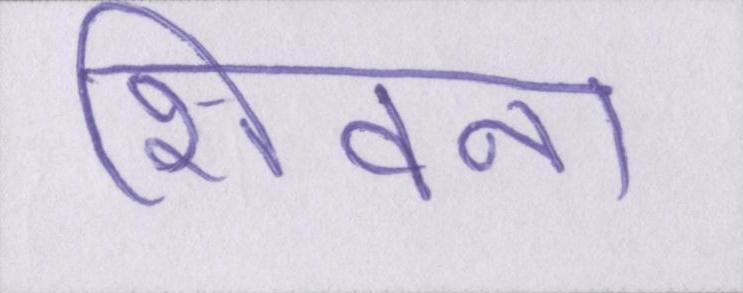
शिवना